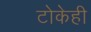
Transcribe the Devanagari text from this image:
टोकेही